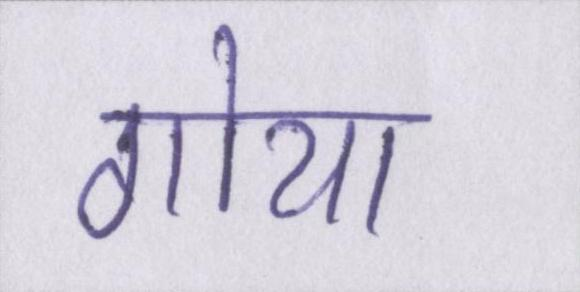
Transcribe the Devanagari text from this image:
गोया